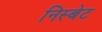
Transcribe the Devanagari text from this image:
निस्बेट